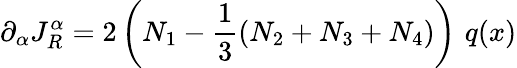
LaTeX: \partial_{\alpha}J_{R}^{\alpha}=2\left(N_{1}-\frac{1}{3}\left(N_{2}+N_{3}+N_{4}\right)\right)\, \, q(x)